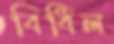
বিধিল